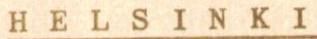
HELSINKI